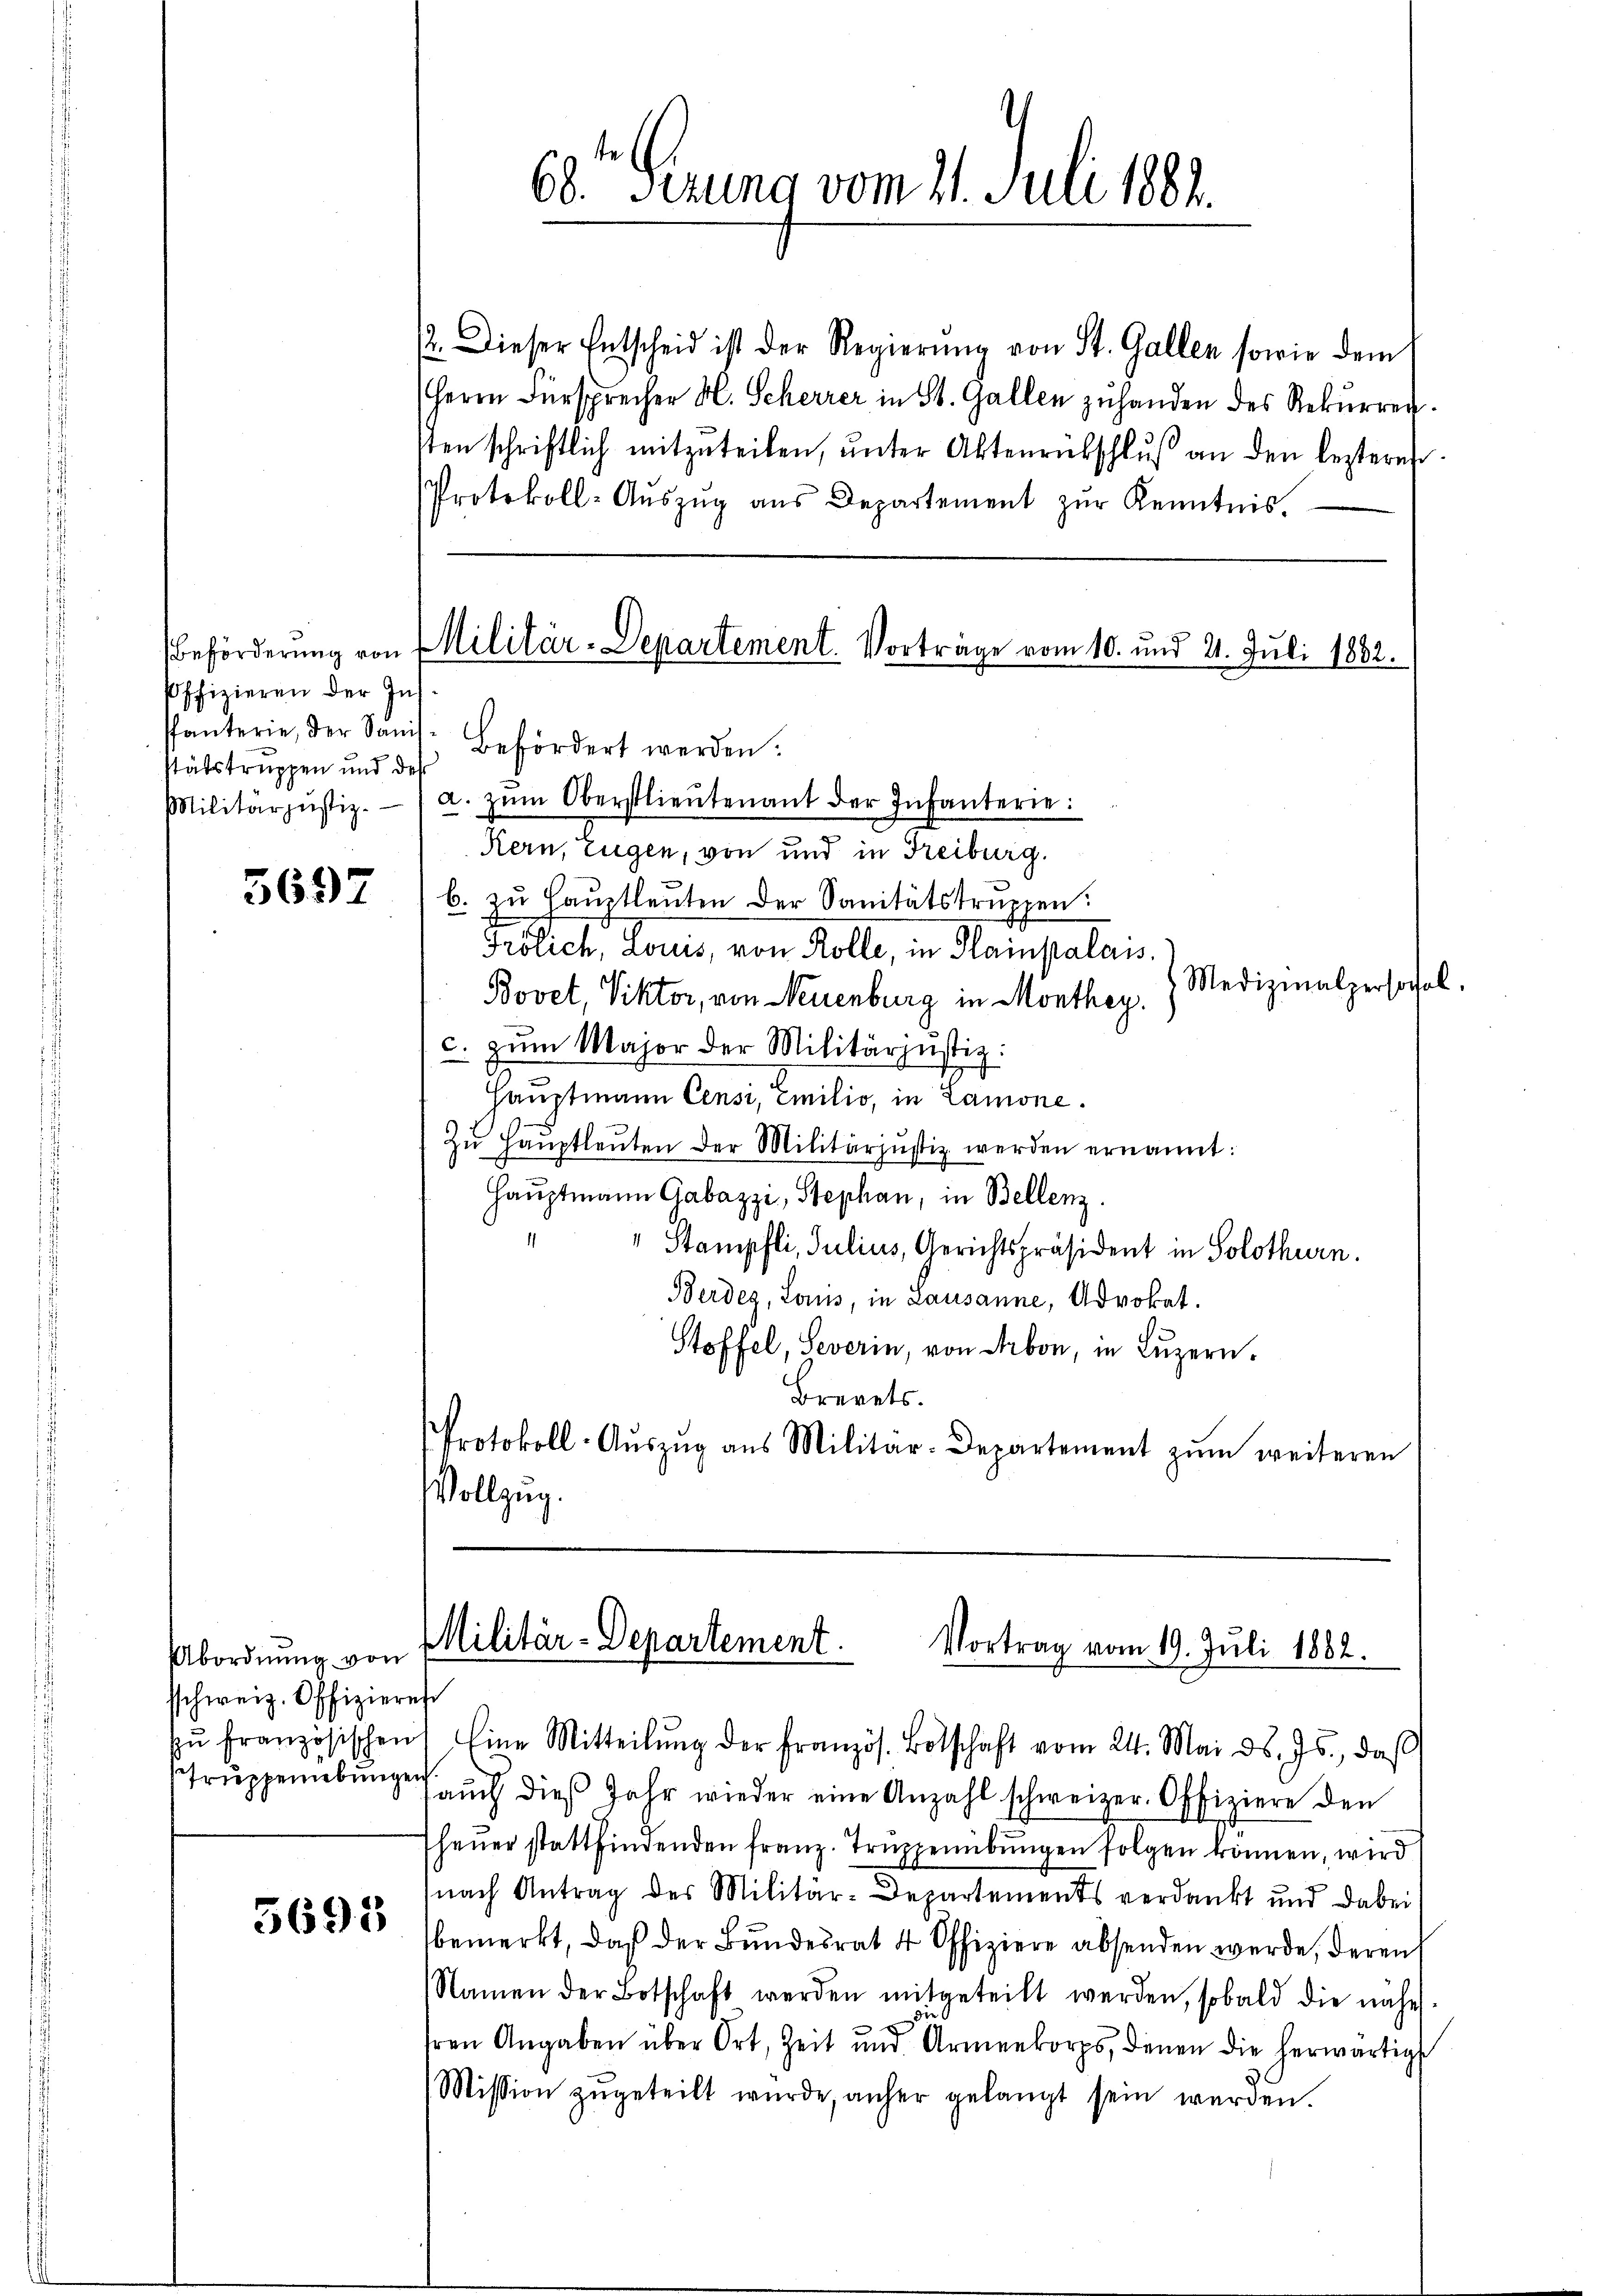
Beförderung von
soffizieren der Ins
Stätstruppen und des
Militärzŭstiz.

5697

Abordnung von
schweiz. Offizieres

5695

2. Dieser Entscheid ist der Regierŭng von St. Gallen sowie dem
Herrn Fürsprecher H. Scherrer in St. Gallen zuhanden des Rekurren.
sten schriftlich mitzŭteilen, ŭnter Aktenrütschluß an den lezteres
Protokoll-Aŭszŭg aŭs Departement zŭr Kenntnis.

60 Perung vom 21. Juli 1881.

Militär-Departement. Vorträge vom 10. und 21. Juli 1882.

Phanterie, der Sanis- Befördert werden:
a. zum Oberstlieutenant der Infanterie:
Kern, Eugen, von und in Freiburg.
b. zu Hauptleuten der Sanitätstruppen:
Frölich Louis, von Kolle, in Hampalais
Medizinalpersonal.
Bovet, Viktor, von Neuenburg in Monthey.
c. zŭm Major der Militärjŭstiz:
Hauptmann Censi, Emilio, in Lamone.
Zŭ Haŭptleŭten der Militärjustiz werden ernannt:
Hauptmann Gabuzzi, Stephan, in Bellenz
" Stampfli, Julius, Gerichtspräsident in Solothurn.
Berdes, Louis, in Lausanne, Advokat.
Stoffel, Severin, von Arbon, in Luzern.
Brevets.
Protokoll-Aŭszŭg aŭs Militär-Departement zŭm weiteren
Vollzug.

Militär-Departement.
Vortrag vom 19. Juli 1882.

zŭ französischen Eine Mitteilŭng der französ. Botschaft vom 24. Mai d. Js., daβ
Shrŭppenebŭng aŭch dies Jahr wieder eine Anzahl schweizer. Offiziere den
heŭer stattfindenden franz. Truppenübungen folgen können, wird
nach Antrag des Militär-Departements verdankt und dabei!
bemerkt, daß der Bundesrat 4 Offiziere absenden werde, deren
Namen der Botschaft werden mitgeteilt werden, sobald die nähe
die
hren Angaben über Ort, Zeit und Armenkorps, denen die herwärtigt
Mission zŭgeteilt wŭrde, anher gelangt sein werden.